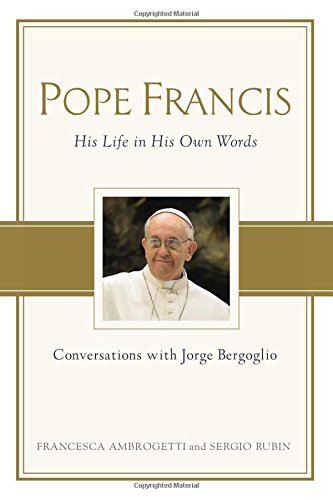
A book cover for Pope Francis: Conversations with Jorge Bergoglio: His Life in His Own Words; Francesca Ambrogetti; Christian Books & Bibles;